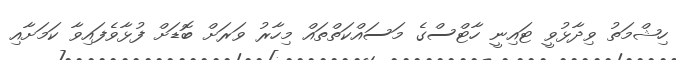
ހިޝްމަތު ވިދާޅުވީ ޓައިނީ ހާޓްސްގެ މަސައްކަތްތައް މިހާރު ވަރަށް ބޮޑަށް ފުޅާވެފައިވާ ކަމަށާއި